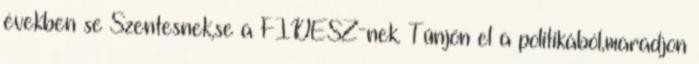
években se Szentesnek,se a FIDESZ-nek. Tűnjön el a politikából,maradjon